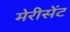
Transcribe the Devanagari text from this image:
मेरीसेंट